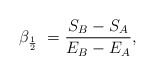
\begin{align*}\beta_{{1\over 2}} \ = {{S_{B}-S_{A}}\over E_{B}-E_{A}},\end{align*}